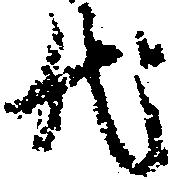
代